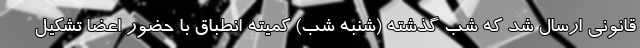
قانونی ارسال شد که شب گذشته (شنبه شب) کمیته انطباق با حضور اعضا تشکیل